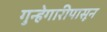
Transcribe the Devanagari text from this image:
गुन्हेगारीपासून